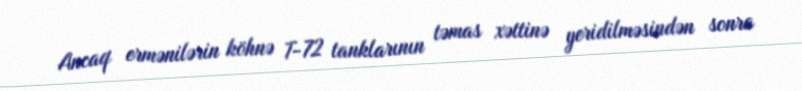
Ancaq ermənilərin köhnə T-72 tanklarının təmas xəttinə yeridilməsindən sonra